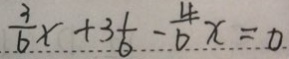
\frac { 3 } { 6 } x + 3 \frac { 1 } { 6 } - \frac { 4 } { 6 } x = 0